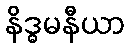
နိဒ္ဓမနီယာ